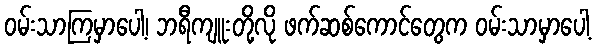
ဝမ်းသာကြမှာပေါ့၊ ဘရီကျူးတို့လို ဖက်ဆစ်ကောင်တွေက ဝမ်းသာမှာပေါ့